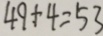
4 9 + 4 = 5 3